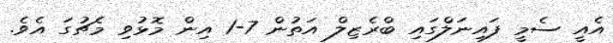
އެއީ ސެމީ ފައިނަލްގައި ބްރެޒިލް އަތުން 7-1 އިން މޮޅުވި މެޗުގަ އެވެ.